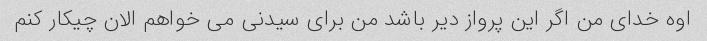
اوه خدای من اگر این پرواز دیر باشد من برای سیدنی می خواهم الان چیکار کنم